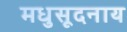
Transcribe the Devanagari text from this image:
मधुसूदनाय